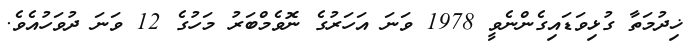
ޚިދުމަތާ ގުޅިވަޑައިގެންނެވީ 1978 ވަނަ އަހަރުގެ ނޮވެމްބަރު މަހުގެ 12 ވަނަ ދުވަހުއެވެ.